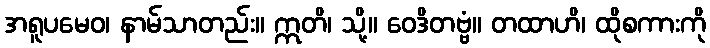
အရူပမေဝ၊ နာမ်သာတည်း။ ဣတိ၊ သို့။ ဝေဒိတဗ္ဗံ။ တထာဟိ၊ ထိုစကားကို